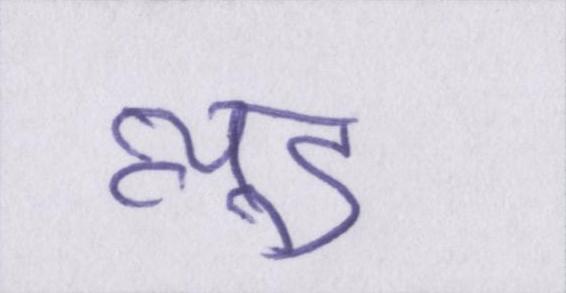
न्यूड